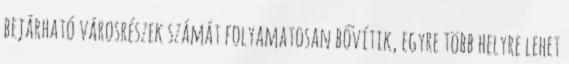
bejárható városrészek számát folyamatosan bővítik, egyre több helyre lehet